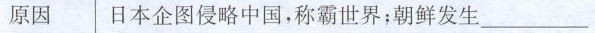
原因日本企图侵略中国，称霸世界；朝鲜发生___